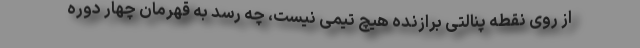
از روی نقطه پنالتی برازنده هیچ تیمی نیست، چه رسد به قهرمان چهار دوره